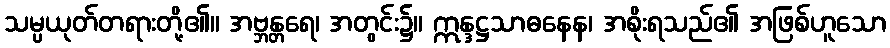
သမ္ပယုတ်တရားတို့၏။ အဗ္ဘန္တရေ၊ အတွင်း၌။ ဣန္ဒဋ္ဌသာဓနေန၊ အစိုးရသည်၏ အဖြစ်ဟူသော